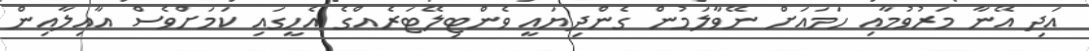
އަދި އޭނާ މަރުވުމާއި ހަމައަށް ނޭވާލަމުން ގެންދިޔައީ ވެންޓިލޭޓަރެއްގެ އެހީގައި ކަމަށްވެސް އާއިލާއިން